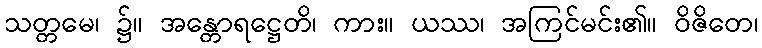
သတ္တမေ၊ ၌။ အန္တောရဋ္ဌေတိ၊ ကား။ ယဿ၊ အကြင်မင်း၏။ ဝိဇိတေ၊